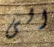
الى